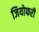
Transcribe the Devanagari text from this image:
जियोफरी